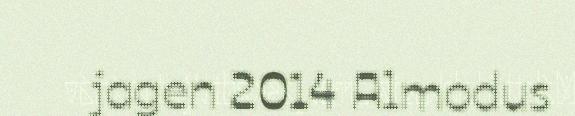
jagen 2014 Almodus